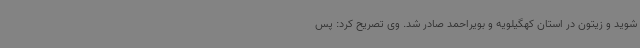
شوید و زیتون در استان کهگیلویه و بویراحمد صادر شد. وی تصریح کرد: پس